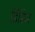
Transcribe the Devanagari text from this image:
डिंडिम